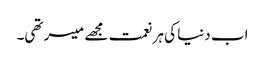
اب دنیا کی ہر نعمت مجھے میسر تھی۔